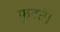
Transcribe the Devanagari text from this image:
फुटते।